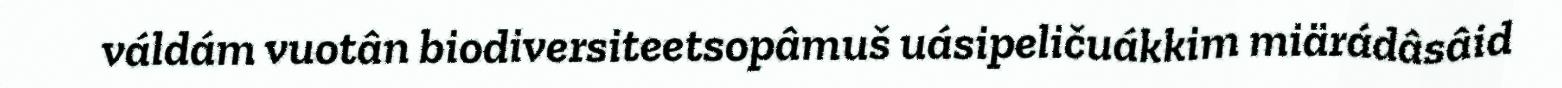
váldám vuotân biodiversiteetsopâmuš uásipeličuákkim miärádâsâid